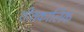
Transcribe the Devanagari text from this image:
शीतकालिक